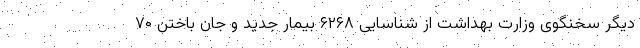
دیگر سخنگوی وزارت بهداشت از شناسایی ۶۲۶۸ بیمار جدید و جان باختن ۷۰